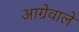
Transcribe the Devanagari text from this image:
आग्रेवाले